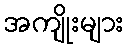
အကျိုးများ